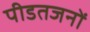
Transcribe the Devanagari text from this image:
पीडतजनों